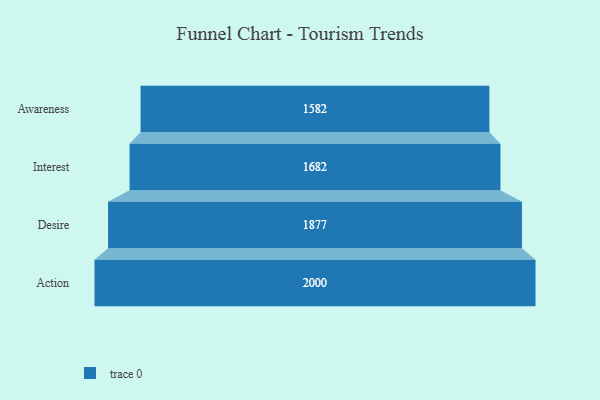
{"axis": {"x": "Stage", "y": "Value"}, "legend": [""], "data": [{"x": "Awareness", "y": 1582.0, "type": ""}, {"x": "Interest", "y": 1682.0, "type": ""}, {"x": "Desire", "y": 1877.0, "type": ""}, {"x": "Action", "y": 2000, "type": ""}]}